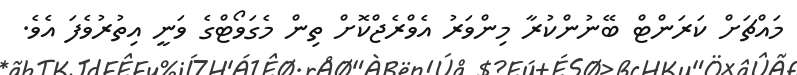
މައްޗަށް ކަރަންޓް ބޭނުންކުރާ މިންވަރު އެވްރެޖްކޮށް ތިން މެގަވޯޓްގެ ވަނީ އިތުރުވެފަ އެވެ.